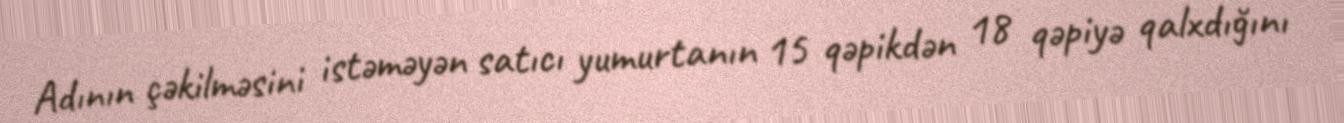
Adının çəkilməsini istəməyən satıcı yumurtanın 15 qəpikdən 18 qəpiyə qalxdığını